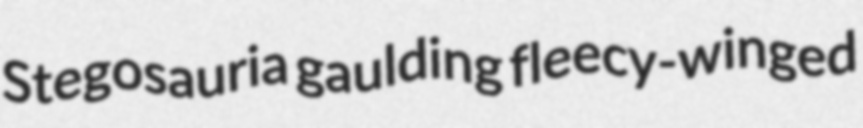
Stegosauria gaulding fleecy-winged